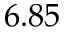
6 . 8 5